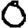
Digit: 0